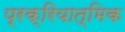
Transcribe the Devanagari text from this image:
प्रक्रियात्मिक